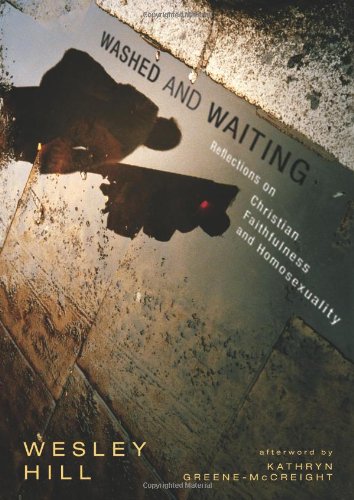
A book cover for Washed and Waiting: Reflections on Christian Faithfulness and Homosexuality; Wesley Hill; Gay & Lesbian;